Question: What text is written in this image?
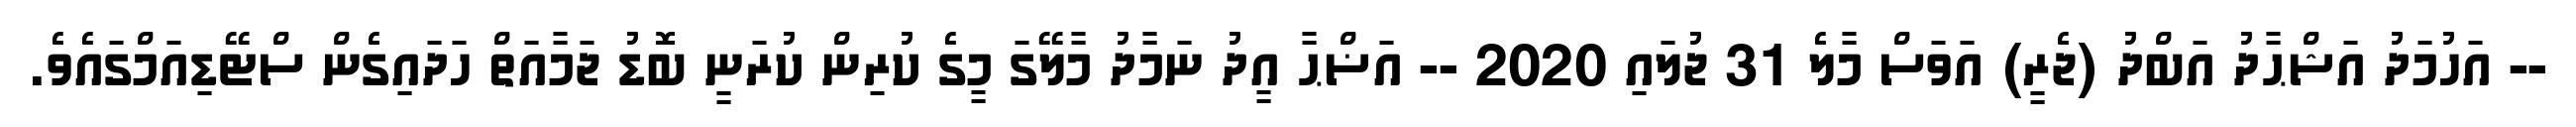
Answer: -- އަހުމަދު އަޝްޙާދު އަބްދު (ޖެރީ) އަވަސް މާލެ 31 ޖުލައި 2020 -- އަޟްޙާ އީދު ނަމާދު މާލޭގަ މީގެ ކުރިން ކުރަނީ ބޮޑު ޖަމާއަތް ހަދައިގެން ސްޓޭޑިއަމްގައެވެ.